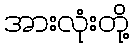
အားလုံးတို့